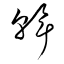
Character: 斡